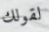
لقولك